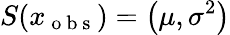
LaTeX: S(x_{\mathrm{~o~b~s~}})=\left(\mu,\sigma^{2}\right)